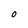
Character: O